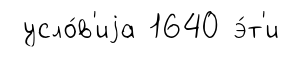
усло́в'иjа 1640 э́т'и